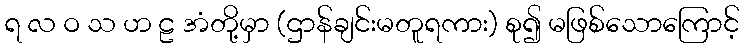
ရ လ ဝ သ ဟ ဠ အံတို့မှာ (ဌာန်ချင်းမတူရကား) စု၍ မဖြစ်သောကြောင့်